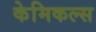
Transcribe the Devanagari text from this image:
केमिकल्‍स